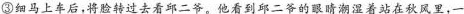
③细马上车后，将脸转过去看邱二爷。他看到邱二爷的眼睛潮湿着站在秋风里，一